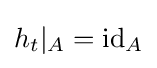
h_{t}|_{A}=\operatorname {id} _{A}